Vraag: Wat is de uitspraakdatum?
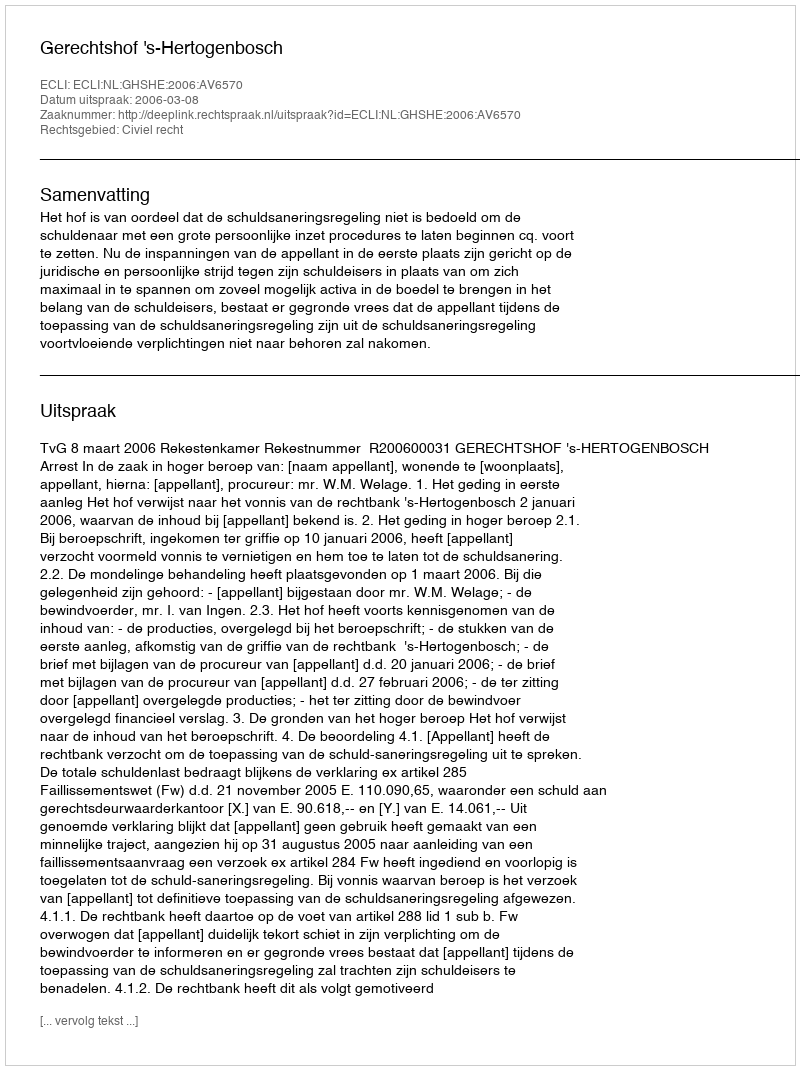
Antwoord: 2006-03-08